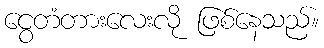
ငွေတံတားလေးလို ဖြစ်နေသည်။